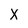
Character: X